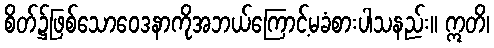
စိတ်၌ဖြစ်သောဝေဒနာကိုအဘယ်ကြောင့်မခံစားပါသနည်း။ ဣတိ၊